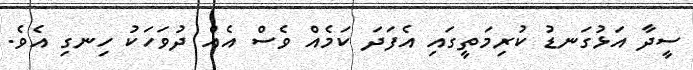
ސީދާ އަޅުގަނޑު ކުރިމަތީގައި އެފަދަ ކަމެއް ވެސް އެއް ދުވަހަކު ހިނގި އެވެ.